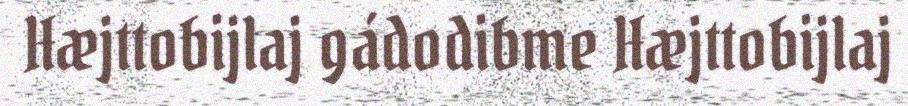
Hæjttobijlaj gádodibme Hæjttobijlaj